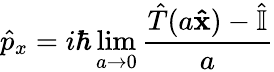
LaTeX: {\hat{p}}_{x}=i\hbar\operatorname*{lim}_{a\rightarrow 0}{\frac{{\hat{T}}(a\mathbf{\hat{x}})-{\hat{\mathbb{I}}}}{a}}